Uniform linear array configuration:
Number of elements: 12
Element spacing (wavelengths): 1
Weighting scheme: hamming
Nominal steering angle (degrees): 30
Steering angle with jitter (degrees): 28.652
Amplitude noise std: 0.05
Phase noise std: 0.05

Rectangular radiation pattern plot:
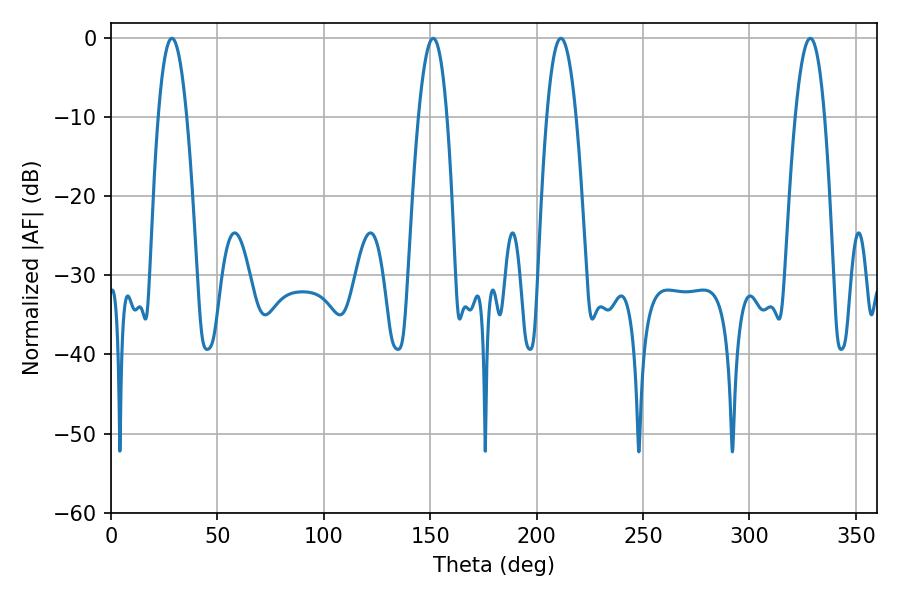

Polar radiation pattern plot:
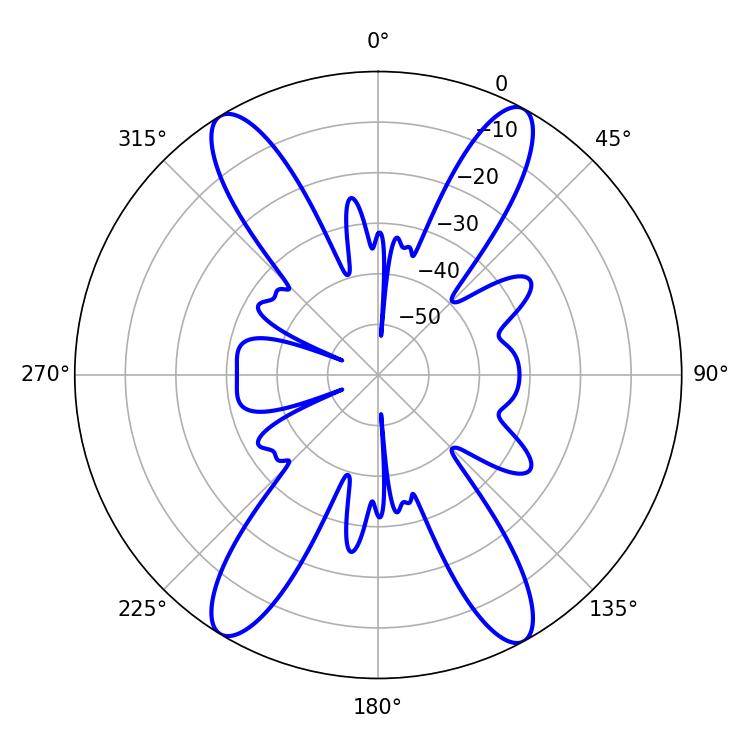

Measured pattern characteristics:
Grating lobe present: TRUE
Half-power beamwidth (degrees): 7.38
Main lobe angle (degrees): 28.62